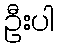
ဦးပါ